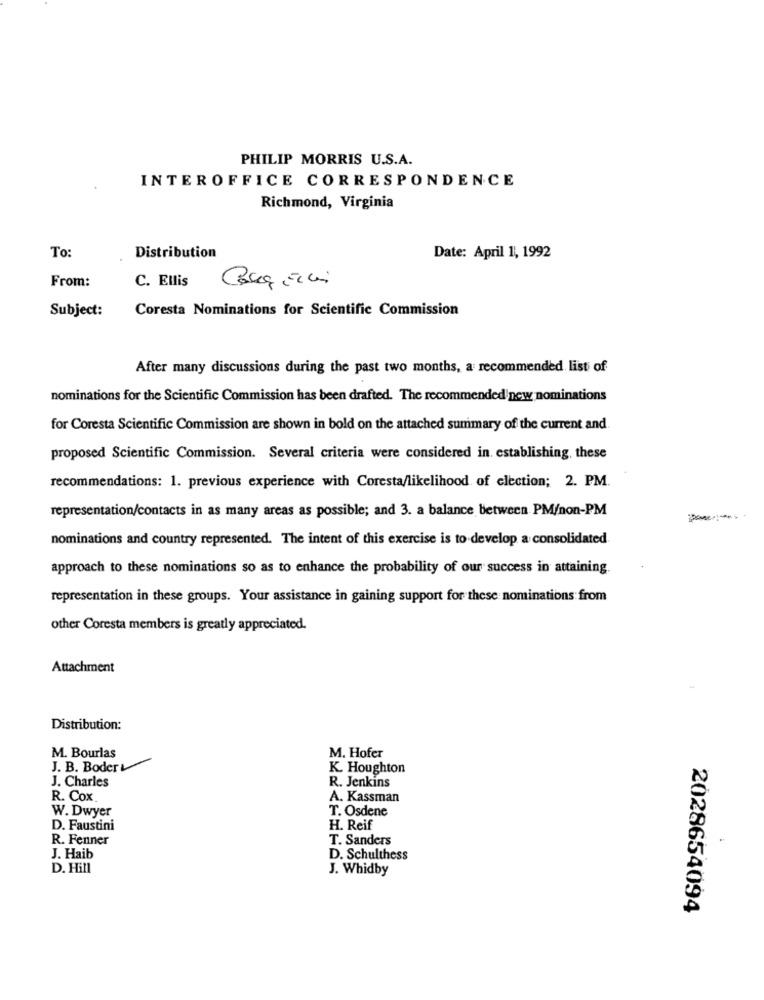
PHILIP MORRIS U.S.A.
INTEROFFICE CORRESPONDENCE
Richmond, Virginia
To:
Distribution
Date: April 1, 1992
From:
C. Ellis
Subject:
Coresta Nominations for Scientific Commission
After many discussions during the past two months, a recommended list of
nominations for the Scientific Commission has been drafted. The recommended new nominations
for Coresta Scientific Commission are shown in bold on the attached summary of the current and
proposed Scientific Commission. Several criteria were considered in. establishing, these
recommendations: 1. previous experience with Coresta/likelihood of election; 2. PM.
representation/contacts in as many areas as possible; and 3. a balance between PM/non-PM
nominations and country represented. The intent of this exercise is to develop a consolidated
approach to these nominations so as to enhance the probability of our success in attaining.
representation in these groups. Your assistance in gaining support for these nominations from
other Coresta members is greatly appreciated.
Attachment
Distribution:
M. Bourlas
M. Hofer
J. B. Boder &
K. Houghton
J. Charles
R. Jenkins
R. Cox
A. Kassman
W. Dwyer
T. Osdene
D. Faustini
H. Reif
R. Fenner
T. Sanders
J. Haib
D. Schulthess
D. Hill
J. Whidby
2028654094